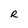
Character: R